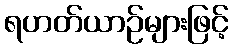
ရဟတ်ယာဉ်များဖြင့်